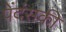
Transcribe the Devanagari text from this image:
पेंदंसकी